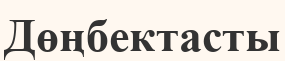
Дөңбектасты